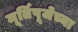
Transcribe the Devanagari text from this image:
मूर्तिपूजेच्या